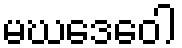
မဃဒေဝေါ